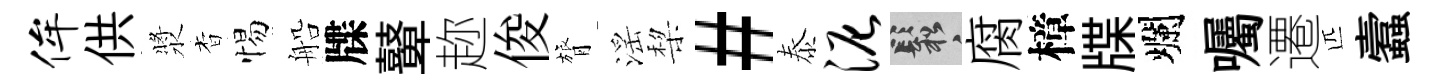
侔供漿杳惕船牒鼙趂俊膂滛棃#泰泥鬆腐樟牒爛囑遷匹蠧